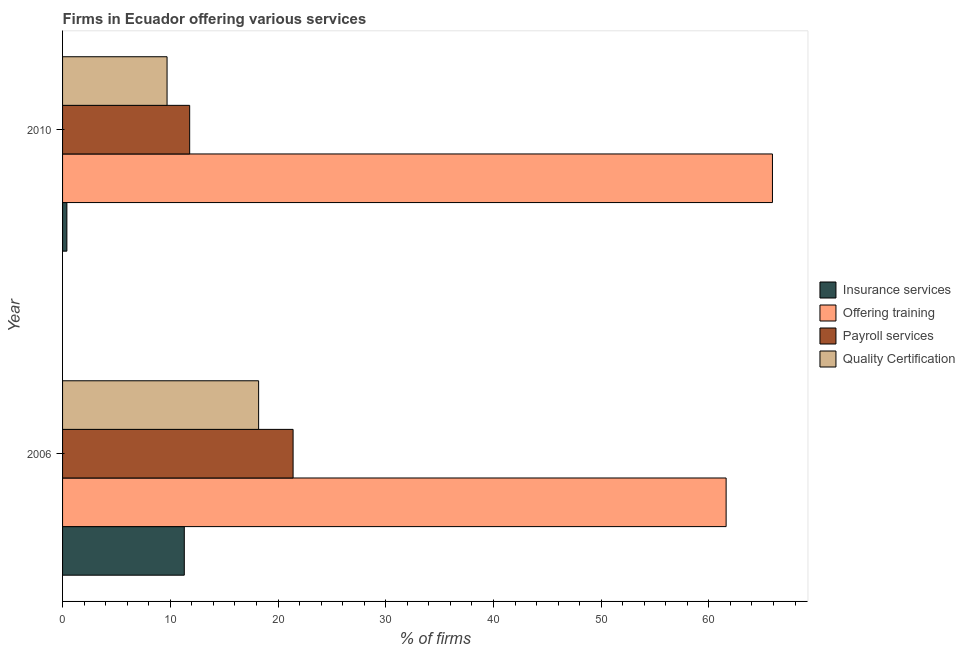
| Year | Insurance services | Offering training | Payroll services | Quality Certification |
 | --- | --- | --- | --- | --- |
 | 2006 | 11.3 | 61.6 | 21.4 | 18.2 |
 | 2010 | 0.4 | 65.9 | 11.8 | 9.7 |